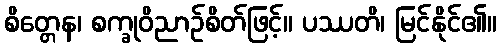
စိတ္တေန၊ စက္ခုဝိညာဉ်စိတ်ဖြင့်။ ပဿတိ၊ မြင်နိုင်၏။